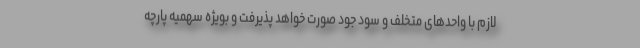
لازم با واحدهای متخلف و سود جود صورت خواهد پذیرفت و بویژه سهمیه پارچه